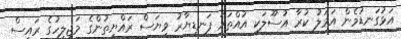
އަޅުގަނޑުމެން އަމަލު ކުރާ އުސޫލަކީ އުއްތަމަ ފަނޑިޔާރު ވިޔަސް ރައްޔިތުންގެ މަޖިލީހުގެ ރައީސް